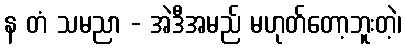
န တံ သမညာ - အဲဒီအမည် မဟုတ်တော့ဘူးတဲ့၊